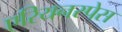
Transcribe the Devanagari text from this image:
एरियनस्पेस